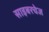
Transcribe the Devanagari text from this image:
साइबरचेज